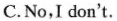
C.No,I don't.